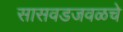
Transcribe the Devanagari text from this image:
सासवडजवळचे